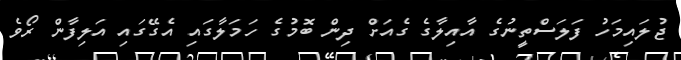
ޖުލައިމަހު ފަލަސްތީނުގެ އާއިލާގެ ގެއަށް ދިން ބޮމުގެ ހަމަލާގައި އެގޭގައި އަލިފާން ރޯވެ